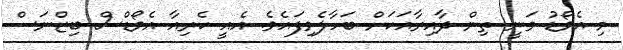
މި އެވޯޑު ވަނީ ތިން ދާއިރާއަކަށް ބަހާލެވިފައެވެ. އެއީ ކެރިއާ އެވޯޑްސް ބިޒްނަސް